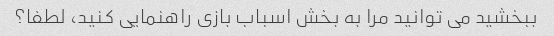
ببخشید می توانید مرا به بخش اسباب بازی راهنمایی کنید، لطفا؟